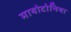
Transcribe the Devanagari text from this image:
मायोटोनिया